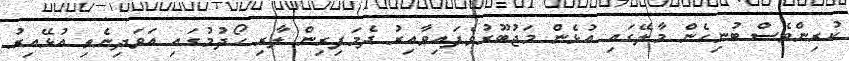
ކުރިންވެސް ބުނިހެން މާލޭގައި އުޅެން މަޖުބޫރުވެފައިވާއިރު ދެމަފިރިން ލާރި ހޯދުމުގައި އަވަދިނެތި އުޅޭއިރު